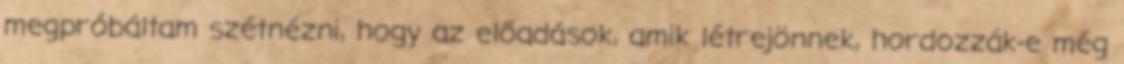
megpróbáltam szétnézni, hogy az előadások, amik létrejönnek, hordozzák-e még